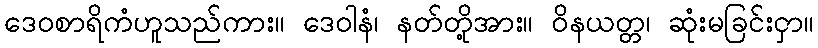
ဒေဝစာရိကံဟူသည်ကား။ ဒေဝါနံ၊ နတ်တို့အား။ ဝိနယတ္တ၊ ဆုံးမခြင်းငှာ။